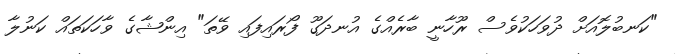
"ކަނބުލޮއަށް ދުވަހަކުވެސް ރޫހާނީ ބާރެއްގެ އުނދަގޫ ފޯރައިފައި ވޭތަ" އިންޝާގެ ވާހަކަތައް ކަނުލާ